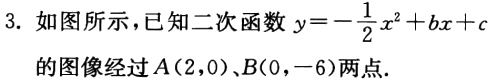
3. 如图所示，已知二次函数\(y = -\frac{1}{2}x^{2}+bx + c\)的图像经过\(A(2,0)\)、\(B(0,-6)\)两点.